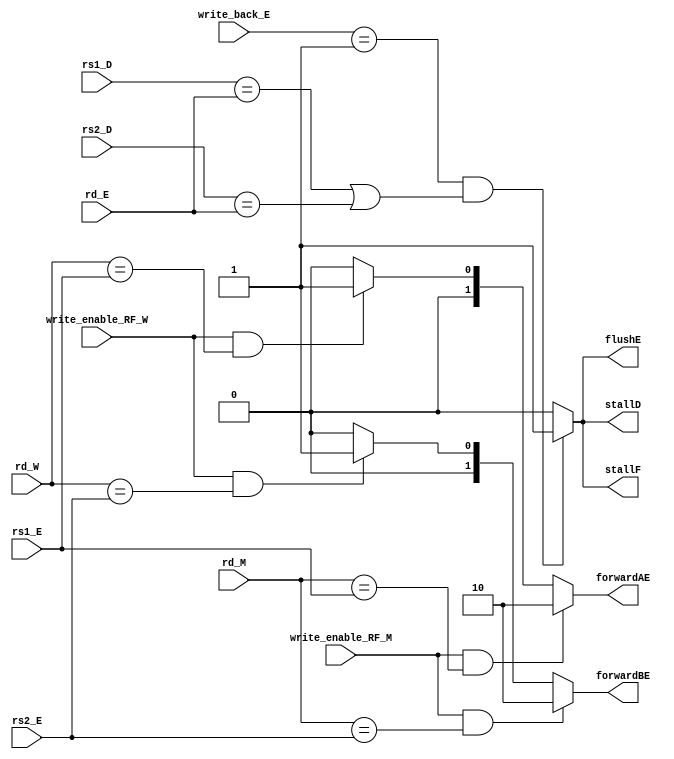
module harzard_unit (
    input write_enable_RF_M,
    // input [1:0] write_back_M,
    input write_enable_RF_W,
    // input [1:0] write_back_W,
    input [1:0] write_back_E,
    input [4:0] rd_M,
    input [4:0] rd_W,
    input [4:0] rs1_D,
    input [4:0] rs2_D,
    input [4:0] rs1_E,
    input [4:0] rs2_E,
    input [4:0] rd_E,
    output reg [1:0] forwardAE,
    output reg [1:0] forwardBE,
    output stallF,
    output stallD,
    output flushE
);
    wire hazard;
// forward AE
    always @(*) begin
        if (write_enable_RF_M && (rd_M == rs1_E)) begin
            forwardAE <= 2'b10;
        end
        else if (write_enable_RF_W && (rd_W == rs1_E)) begin         
            forwardAE <= 2'b01;
        end
        else forwardAE <= 2'b00;
    end
// forward BE
    always @(*) begin
        if (write_enable_RF_M && (rd_M == rs2_E)) begin
            forwardBE <= 2'b10;
        end
        else if (write_enable_RF_W && (rd_W == rs2_E)) begin
            forwardBE <= 2'b01;
        end
        else forwardBE <= 2'b00;
    end
// Load hazard
    assign hazard = ((write_back_E == 2'b01) && ((rs1_D == rd_E) || (rs2_D == rd_E))) ? 1 : 0;
    assign stallF = hazard;
    assign stallD = hazard;
    assign flushE = hazard;
endmodule